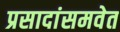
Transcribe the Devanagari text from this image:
प्रसादांसमवेत